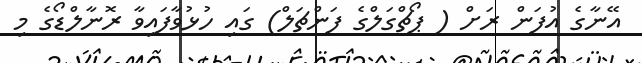
އޭނާގެ އުފަން ރަށް ( ޕޯޗްގަލްގެ ފަންޗަލް) ގައި ހުޅުވާފައިވާ ރޮނާލްޑޯގެ މި